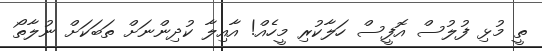
ތީ މުޅި ފުލުސް އޮފީސް ހަލާކުރި މީހެއް! އާއިލާ ކުދިންނަށް ތަބަކަށް ނުލާތޯ